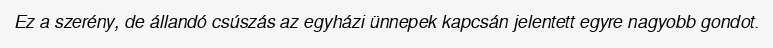
Ez a szerény, de állandó csúszás az egyházi ünnepek kapcsán jelentett egyre nagyobb gondot.